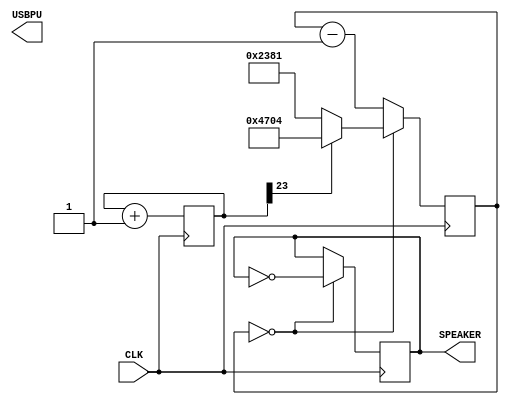
module music (
    input CLK,    // 16MHz clock
    output USBPU,  // USB pull-up resistor
    output SPEAKER   // use beep, // output PIN_1
);
    parameter CLKDIVIDER = 16000000/440/2;

    reg[23:0] tone;
    always @(posedge CLK) begin
        tone <= tone+1;
    end

    reg[14:0] counter;
    always @(posedge CLK) begin
        if(counter==0) begin
            counter <= (tone[23] ? CLKDIVIDER-1 : CLKDIVIDER/2-1);
        end
        else begin
            counter <= counter-1;
        end
    end

    reg SPEAKER;
    always @(posedge CLK) begin
        if(counter==0) begin
            SPEAKER <= ~SPEAKER;
        end
    end 

endmodule